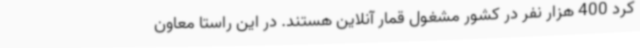
کرد 400 هزار نفر در کشور مشغول قمار آنلاین هستند. در این راستا معاون